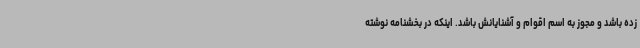
زده باشد و مجوز به اسم اقوام و آشنایانش باشد. اینکه در بخشنامه نوشته